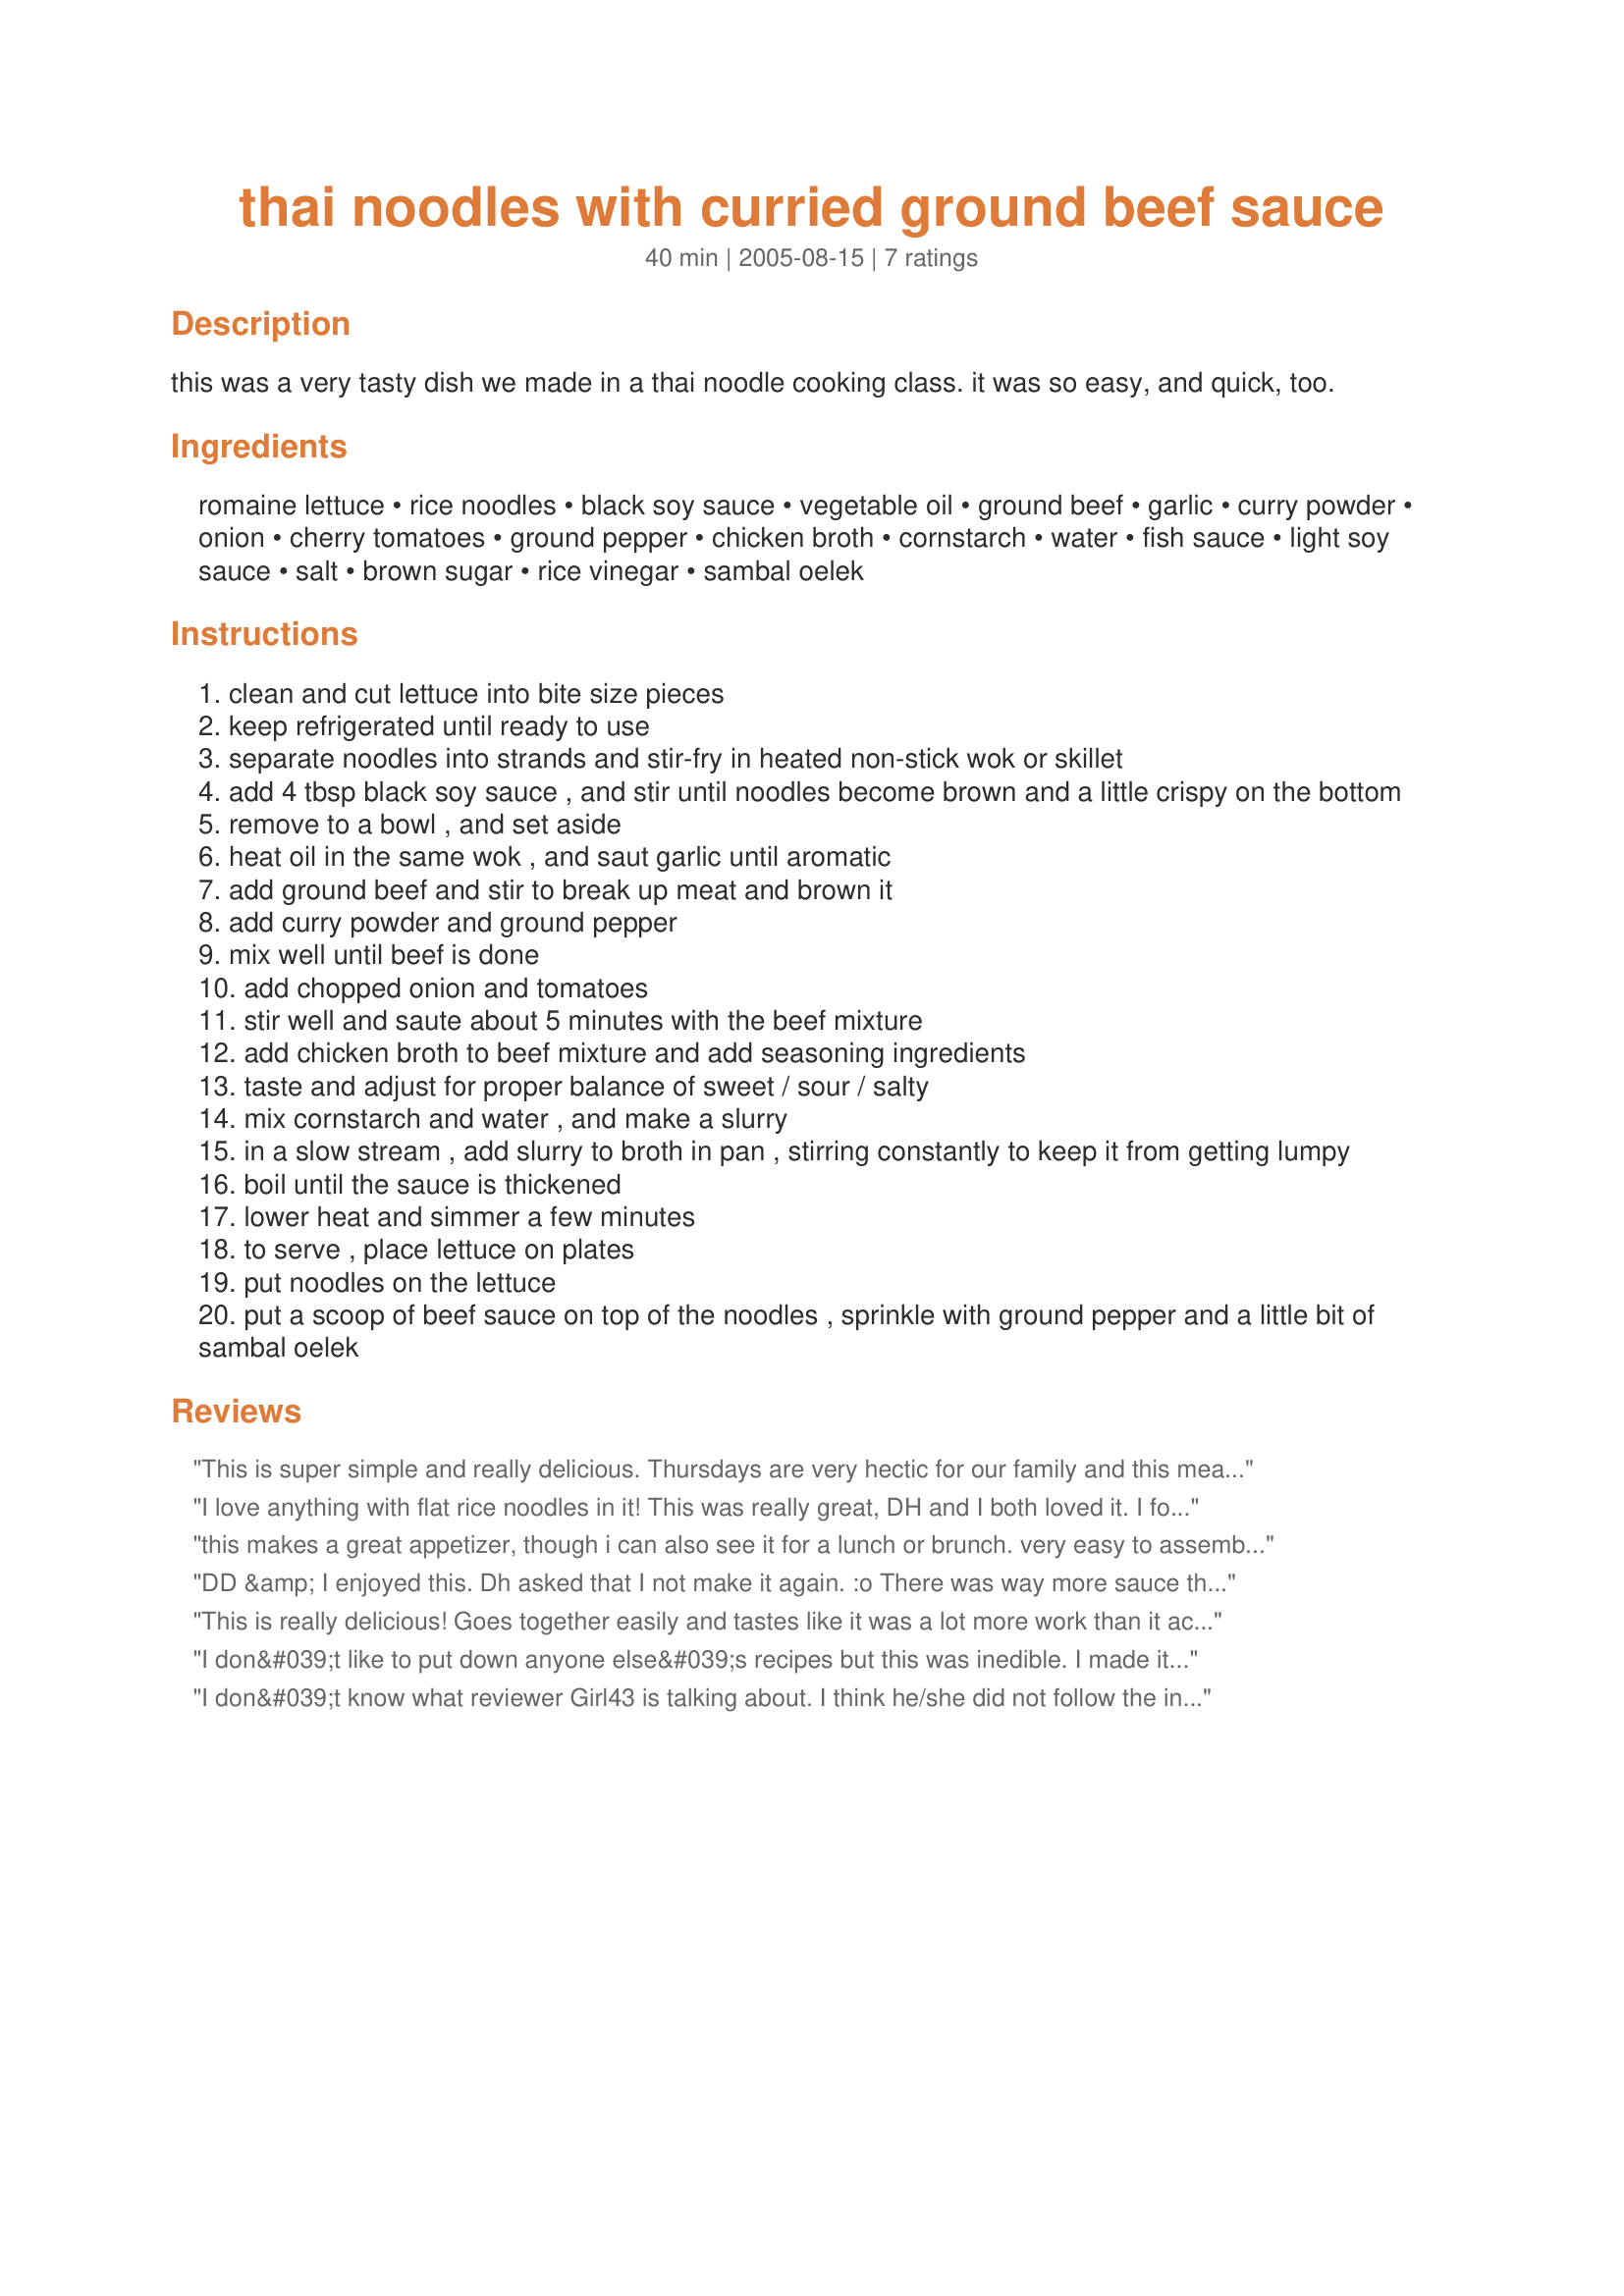
thai noodles with curried ground beef sauce
Preparation time: 40 minutes

this was a very tasty dish we made in a thai noodle cooking class. it was so easy, and quick, too.

Ingredients:
romaine lettuce, rice noodles, black soy sauce, vegetable oil, ground beef, garlic, curry powder, onion, cherry tomatoes, ground pepper, chicken broth, cornstarch, water, fish sauce, light soy sauce, salt, brown sugar, rice vinegar, sambal oelek

Steps:
clean and cut lettuce into bite size pieces
keep refrigerated until ready to use
separate noodles into strands and stir-fry in heated non-stick wok or skillet
add 4 tbsp black soy sauce , and stir until noodles become brown and a little crispy on the bottom
remove to a bowl , and set aside
heat oil in the same wok , and saut garlic until aromatic
add ground beef and stir to break up meat and brown it
add curry powder and ground pepper
mix well until beef is done
add chopped onion and tomatoes
stir well and saute about 5 minutes with the beef mixture
add chicken broth to beef mixture and add seasoning ingredients
taste and adjust for proper balance of sweet / sour / salty
mix cornstarch and water , and make a slurry
in a slow stream , add slurry to broth in pan , stirring constantly to keep it from getting lumpy
boil until the sauce is thickened
lower heat and simmer a few minutes
to serve , place lettuce on plates
put noodles on the lettuce
put a scoop of beef sauce on top of the noodles , sprinkle with ground pepper and a little bit of sambal oelek

Reviews:
This is super simple and really delicious. Thursdays are very hectic for our family and this meal was easy for my husband to cook while I was at Speech Therapy with my 8 year old. I served this with a crusty bread for dinner and thought it was nice and light. I also reconstituted dried rice noodles because I couldn&#039;t find fresh ones. Made for the Southeast Asian round of ZWT9 for team Tasty Testers.
I love anything with flat rice noodles in it! This was really great, DH and I both loved it. I found the sauce had much more liquid than I'd anticipated, hope I translated the oz to ml ok! Great flavour, not hot at all (til you add the sambal oelek!) and I sprinled some chopped peanuts on top too. Thanks for an ace recipe!
this makes a great appetizer, though i can also see it for a lunch or brunch. very easy to assemble and very tasty with just the right amount of curry flavor, i used garlic and heirloom tomatoes from my garden.
DD &amp; I enjoyed this. Dh asked that I not make it again. :o There was way more sauce than I was expecting but it all worked out. DD didn&#039;t really care for the lettuce part. I did. I added the onion sooner than I was supposed to so that they&#039;d be soft. Excellent flavor, easy to make. I also didn&#039;t have fresh noodles so I reconstituted them. Thanks! Made for ZWT9, Mike &amp; the Appliance Killers.
This is really delicious! Goes together easily and tastes like it was a lot more work than it actually was! My only caution is that it serves way more than 4! I had tons of leftovers, not that I'm complaining. I couldn't find fresh rice noodles so reconstituted dried rice noodles in hot water for 15 minutes, then continued with the recipe. I hope to find fresh noodles (or learn to make them) so I can try this recipe with them.
I don&#039;t like to put down anyone else&#039;s recipes but this was inedible. I made it as directed and it just turned out to be a glommy MESS. Not to our family&#039;s taste.
I don&#039;t know what reviewer Girl43 is talking about. I think he/she did not follow the instruction correctly or did not use the right ingredients and that is why the reviewer&#039;s frustration.

I have made this dish well over 20 times. I have used beef, pork, chicken, and even lamb meat. Every time this dish came out perfect and delicious. I have tripled the ingredients and still it was perfect There is no reason to alter this recipe.
